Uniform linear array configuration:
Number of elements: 24
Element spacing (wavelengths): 0.75
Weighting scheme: cosine
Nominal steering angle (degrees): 60
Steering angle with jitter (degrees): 61.266
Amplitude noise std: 0.05
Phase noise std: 0.05

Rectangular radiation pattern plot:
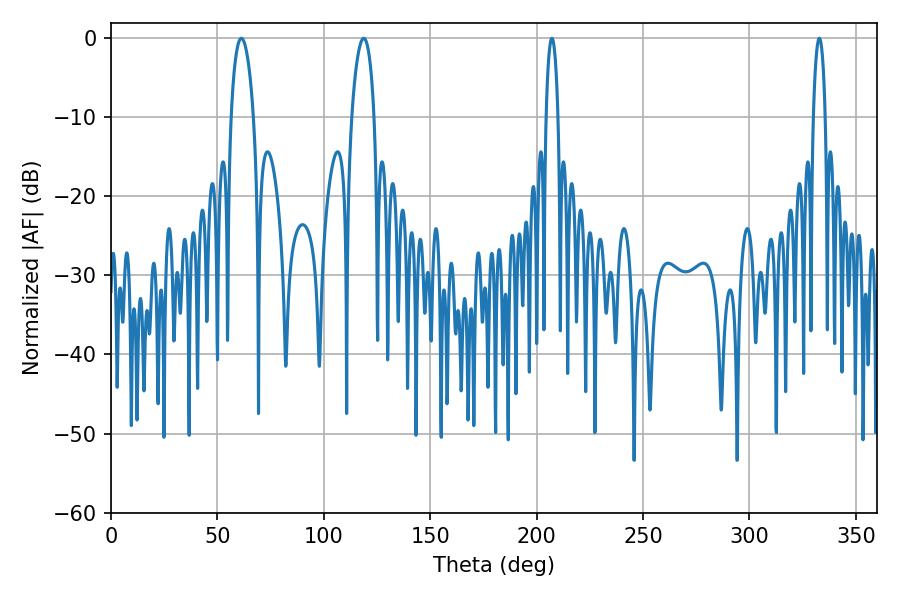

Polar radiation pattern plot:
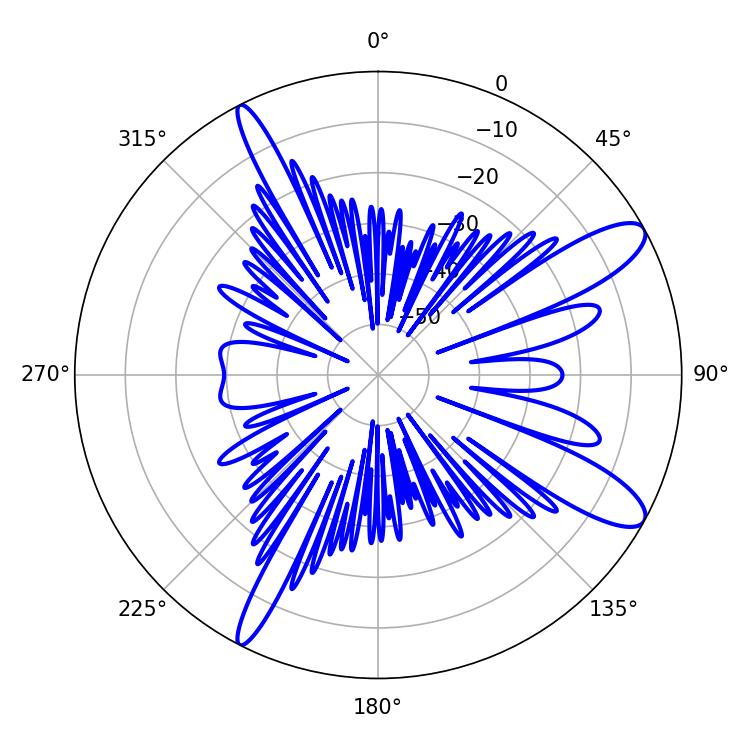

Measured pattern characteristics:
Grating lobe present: TRUE
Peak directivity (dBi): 11.355
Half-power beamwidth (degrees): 3.24
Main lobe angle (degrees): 207.18